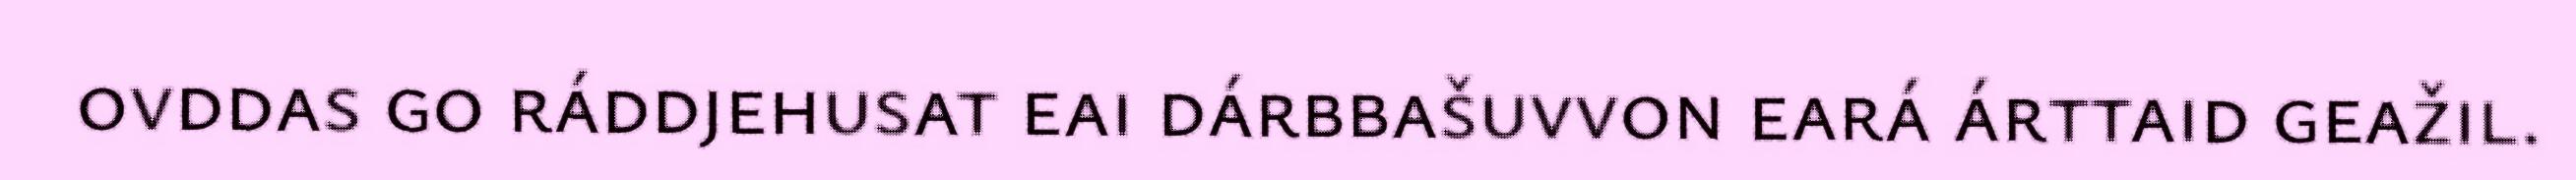
ovddas go ráddjehusat eai dárbbašuvvon eará árttaid geažil.